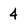
Character: 4